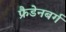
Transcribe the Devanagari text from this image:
फ्रैडेनबर्ग